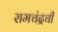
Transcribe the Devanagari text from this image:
रामचंद्रची